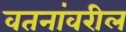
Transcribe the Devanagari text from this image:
वतनांवरील